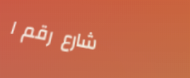
شارع رقم ١